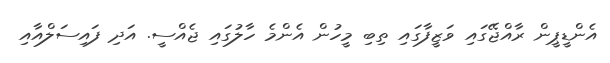
އެންޑީޕީން ރާއްޖޭގައި ވަޒީފާގައި ތިބި މީހުން އެންމެ ހާލުގައި ޖެއްސީ. އަދި ފައިސަލްއާއި